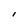
Character: I